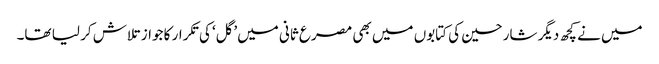
میں نے کچھ دیگر شارحین کی کتابوں میں بھی مصرع ثانی میں’گل‘ کی تکرار کا جواز تلاش کر لیا تھا۔